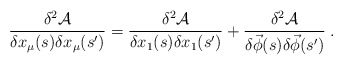
\begin{align*}\frac{\delta ^{2}\mathcal{A}}{\delta x_{\mu }(s)\delta x_{\mu }(s')}=\frac{\delta ^{2}\mathcal{A}}{\delta x_{1}(s)\delta x_{1}(s')}+\frac{\delta ^{2}\mathcal{A}}{\delta \vec{\phi }(s)\delta \vec{\phi }(s')}\; .\end{align*}